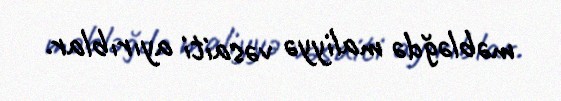
məbləğdə maliyyə vəsaiti ayırıblar.